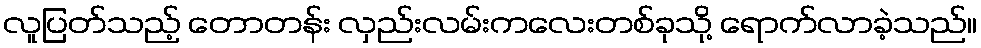
လူပြတ်သည့် တောတန်း လှည်းလမ်းကလေးတစ်ခုသို့ ရောက်လာခဲ့သည်။